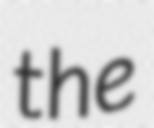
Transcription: the